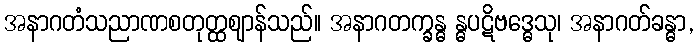
အနာဂတံသညာဏစတုတ္ထဈာန်သည်။ အနာဂတက္ခန္ဓ န္ဓပဋိဗဒ္ဓေသု၊ အနာဂတ်ခန္ဓာ,